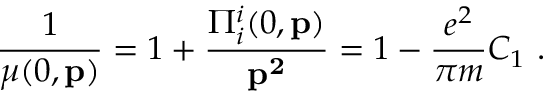
\frac { 1 } { \mu ( 0 , { \bf p } ) } = 1 + \frac { \Pi _ { i } ^ { i } ( 0 , { \bf p } ) } { { \bf p ^ { 2 } } } = 1 - \frac { e ^ { 2 } } { \pi m } C _ { 1 } \, \, .